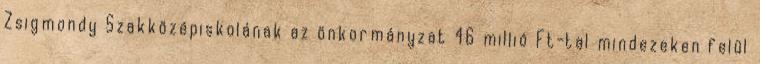
Zsigmondy Szakközépiskolának az önkormányzat 46 millió Ft-tal mindezeken felül